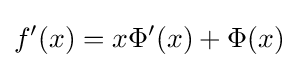
f'(x)=x\Phi '(x)+\Phi (x)